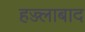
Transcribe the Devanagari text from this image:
हज्ज्लाबाद